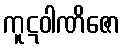
ကူဋဝါဏိဇော